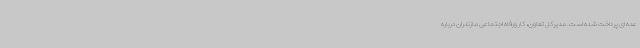
عده ای پرداخت شده است. مدیرکل تعاون، کار ورفاه اجتماعی مازندران درباره